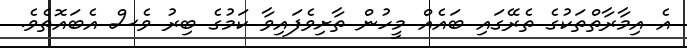
އެ އިމާރާތްތަކުގެ ތެރޭގައި ބައެއް މީހުން ތާށިވެފައިވާ ކަމުގެ ބިރު ވެސް އެބައޮތެވެ.